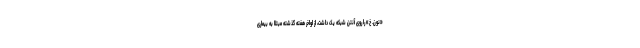
«نون. خ» را روی آنتن شبکه یک داشت، از اواخر هفته گذشته مبتلا به بیماری